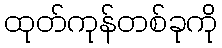
ထုတ်ကုန်တစ်ခုကို